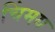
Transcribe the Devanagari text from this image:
चिंमय